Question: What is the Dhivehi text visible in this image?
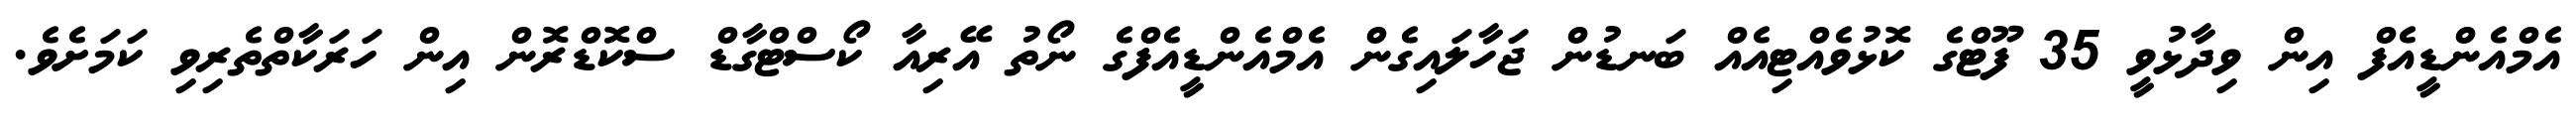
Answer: އެމްއެންޑީއެފް އިން ވިދާޅުވީ 35 ފޫޓްގެ ކޮޅުވެއްޓިއެއް ބަނޑުން ޖަހާލައިގެން އެމްއެންޑީއެފްގެ ނޯތު އޭރިއާ ކޯސްޓްގާޑް ސްކޮޑްރޮން އިން ހަރަކާތްތެރިވި ކަމަށެވެ.